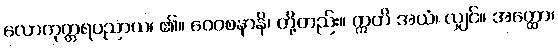
လောကုတ္တရပညာယ၊ ၏။ ဝေဝစနာနိ၊ တို့တည်း။ ဣတိ အယံ၊ လျှင်။ အတ္ထော၊